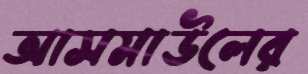
আসমাউলের